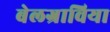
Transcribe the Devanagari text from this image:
बेलग्राविया